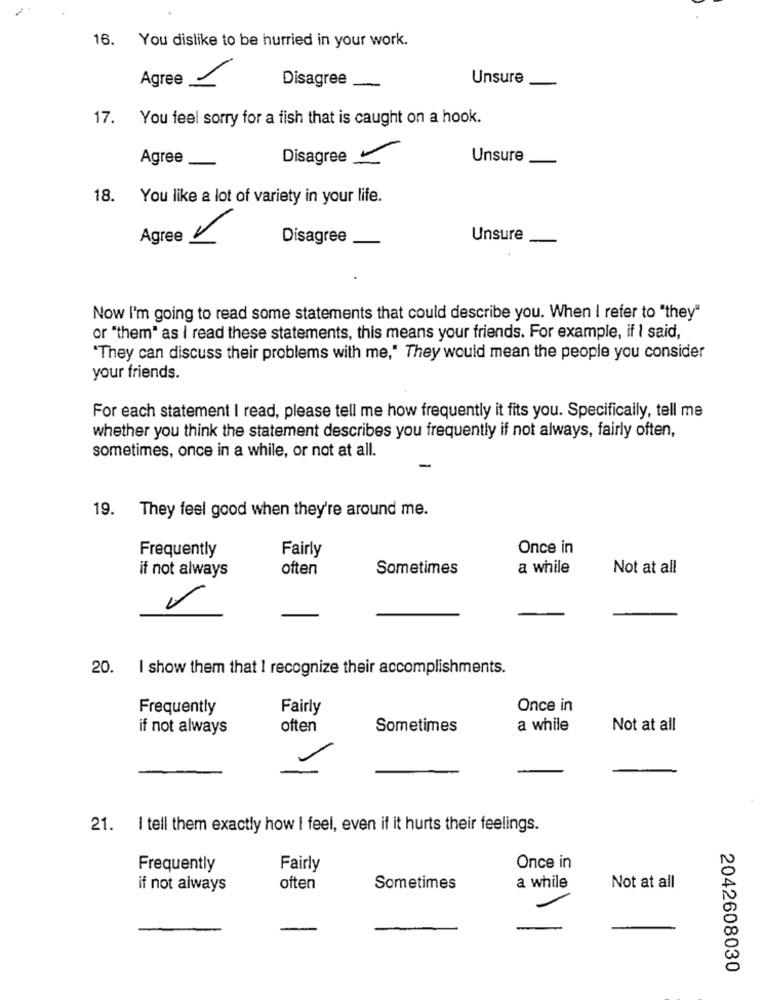
16. You dislike to be hurried in your work.
Agree -
Disagree
Unsure
17. You feel sorry for a fish that is caught on a hook.
Disagree
Unsure
Agree
18.
You like a lot of variety in your life.
Agree -
Disagree
Unsure
Now I'm going to read some statements that could describe you. When I refer to "they"
or "them" as I read these statements, this means your friends. For example, if I said,
"They can discuss their problems with me," They would mean the people you consider
your friends.
For each statement I read, please tell me how frequently it fits you. Specifically, tell me
whether you think the statement describes you frequently if not always, fairly often,
sometimes, once in a while, or not at all.
-
19. They feel good when they're around me.
Frequently
Fairly
Once in
if not always
often
Sometimes
a while
Not at all
20. I show them that I recognize their accomplishments.
Frequently
Fairly
Once in
if not always
often
Sometimes
a while
Not at all
21. I tell them exactly how I feel, even if it hurts their feelings.
Frequently
Fairly
Once in
if not always
often
Sometimes
a while
Not at all
2042608030